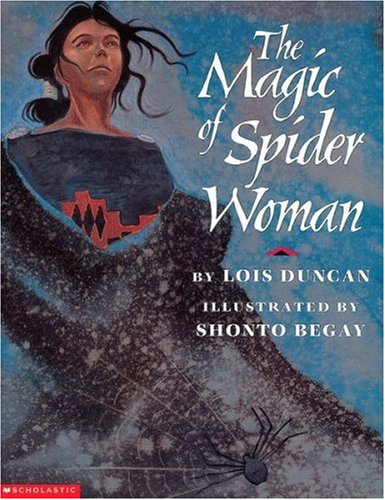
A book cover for The Magic Of Spider Woman; Lois Duncan; Children's Books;